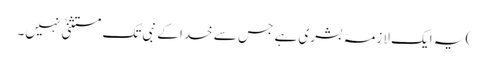
) یہ ایک لازمہ بشری ہے جس سے خدا کے نبی تک مستثنیٰ نہیں۔